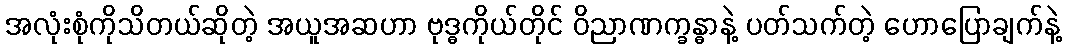
အလုံးစုံကိုသိတယ်ဆိုတဲ့ အယူအဆဟာ ဗုဒ္ဓကိုယ်တိုင် ဝိညာဏက္ခန္ဓာနဲ့ ပတ်သက်တဲ့ ဟောပြောချက်နဲ့